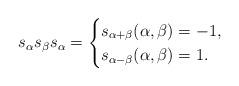
LaTeX: \begin{align*} s_{\alpha}s_{\beta}s_{\alpha} = \begin{cases} s_{\alpha+\beta} (\alpha, \beta) = -1, \\ s_{\alpha-\beta} (\alpha, \beta) = 1. \\ \end{cases} \end{align*}